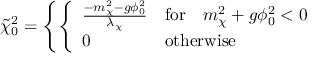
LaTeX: \tilde { \chi } _ { 0 } ^ { 2 } = \left\{ \left\{ \begin{array} { l l } { { { \frac { - m _ { \chi } ^ { 2 } - g \phi _ { 0 } ^ { 2 } } { \lambda _ { \chi } } } } } & { { \mathrm { f o r } \quad m _ { \chi } ^ { 2 } + g \phi _ { 0 } ^ { 2 } < 0 } } \\ { { 0 } } & { { \mathrm { o t h e r w i s e } } } \end{array} \right. \right.